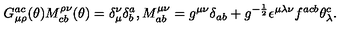
G _ { \mu \rho } ^ { a c } ( \theta ) M _ { c b } ^ { \rho \nu } ( \theta ) = \delta _ { \mu } ^ { \nu } \delta _ { b } ^ { a } , M _ { a b } ^ { \mu \nu } = g ^ { \mu \nu } \delta _ { a b } + g ^ { - \frac { 1 } { 2 } } \epsilon ^ { \mu \lambda \nu } f ^ { a c b } \theta _ { \lambda } ^ { c } .